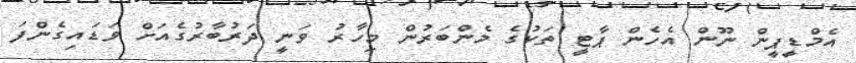
އެމްޑީޕީން ނޫން އެހެން ޕާޓީ ތަކުގެ މެންބަރުން މިހާރު ވަނީ ދަރުބާރުގެއަށް ވަޑައިގެންފަ